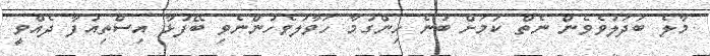
މާލެ ބަދަލުވެވެން ނެތް ކަމަށް ބުނެ ހިންގުމާ ހަވާލުވެހުންނެވި ބޭފުޅާ އިސްތިއުފާ ދެއްވީ